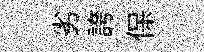
劣誇保